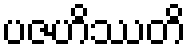
ပဇဟိဿတိ